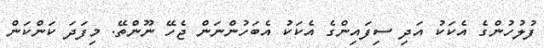
ފުލުހުންގެ އެކަކު އަދި ސިފައިންގެ އެކަކު އެބަހުންނަން ޖެހޭ ނޫންތޭ. މިފަދަ ކަންކަން